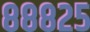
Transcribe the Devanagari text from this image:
८८८२५